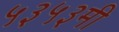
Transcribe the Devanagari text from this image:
५३५३मी